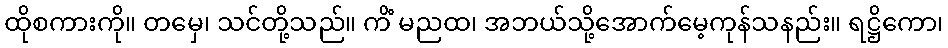
ထိုစကားကို။ တမှေ၊ သင်တို့သည်။ ကိံ မညထ၊ အဘယ်သို့အောက်မေ့ကုန်သနည်း။ ရဋ္ဌိကော၊